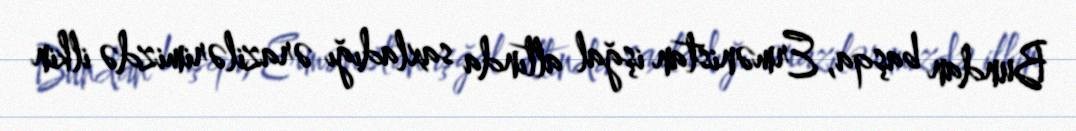
Bundan başqa, Ermənistan işğal altında saxladığı ərazilərimizdə ilkin